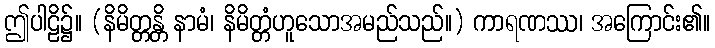
ဤပါဠိ၌။ (နိမိတ္တန္တိ နာမံ၊ နိမိတ္တံဟူသောအမည်သည်။) ကာရဏဿ၊ အကြောင်း၏။